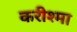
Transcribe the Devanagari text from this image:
करीश्मा